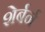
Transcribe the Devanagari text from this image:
शेर्बर्न